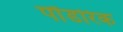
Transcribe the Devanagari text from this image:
पौंडरिक